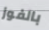
بالفوز